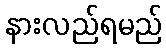
နားလည်ရမည်